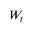
\textstyle W _ { t }